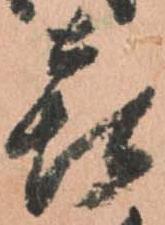
喜